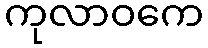
ကုလာဝကေ